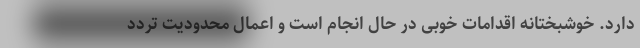
دارد. خوشبختانه اقدامات خوبی در حال انجام است و اعمال محدودیت تردد